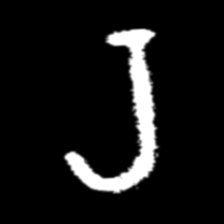
Pyu character \u2014 Myanmar letter: ရ (romanized: ra)